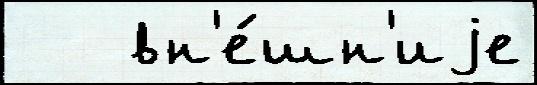
   вн'е́шн'иjе